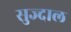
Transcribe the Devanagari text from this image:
सुज्दाल